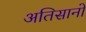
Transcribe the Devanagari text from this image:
अतिसानो